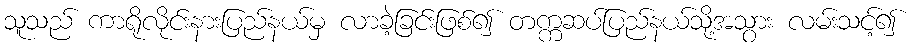
သူသည် ကာရိုလိုင်းနားပြည်နယ်မှ လာခဲ့ခြင်းဖြစ်၍ တက္ကဆပ်ပြည်နယ်သို့အသွား လမ်းသင့်၍